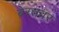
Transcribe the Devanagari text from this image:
ब्रेस्तवर